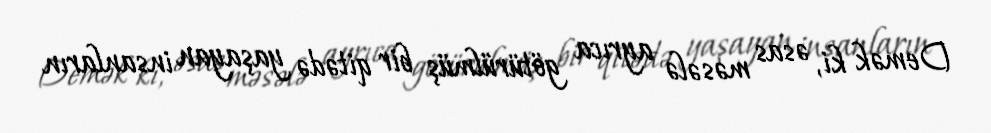
Demək ki, əsas məsələ ayrıca götürülmüş bir qitədə yaşayan insanların